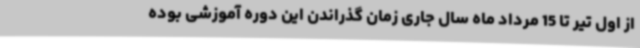
از اول تیر تا 15 مرداد ماه سال جاری زمان گذراندن این دوره آموزشی بوده